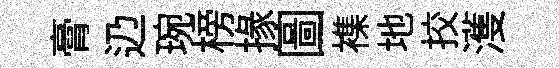
膏辸琬榜掾圖襍地挍濩